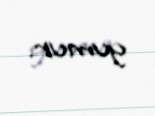
yumur.